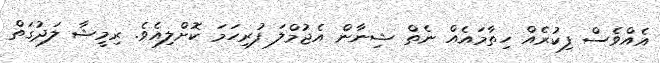
އެއްވެސް ފިކުރެއް ހިތާމައެއް ނެތް ޝިނާން އެޖުމްލަ ފުރިހަމަ ކޮށްލިއެވެ. ރިމީޝާ ލަދުގަތް